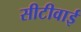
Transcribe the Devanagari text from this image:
सीटीवाई